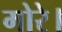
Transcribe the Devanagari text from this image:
मोरे।